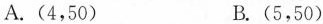
A.(4，50) B.(5，50)